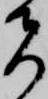
者